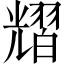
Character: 𦒉